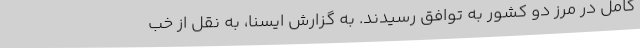
کامل در مرز دو کشور به توافق رسیدند. به گزارش ایسنا، به نقل از خب